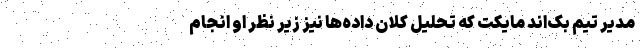
مدیر تیم بک‌اند مایکت که تحلیل کلان داده‌ها نیز زیر نظر او انجام